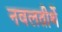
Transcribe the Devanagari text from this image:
नवलतीर्थे